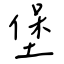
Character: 堡